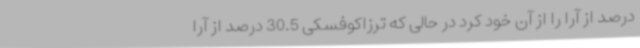
درصد از آرا را از آن خود کرد در حالی که ترزاکوفسکی 30.5 درصد از آرا